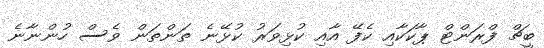
ބީޗް ފްރަންޓް ޕާކަކާއި ކެފޭ އާއި ކުޅިވަރު ކުޅޭނެ ތަންތަން ވެސް ހުންނާނެ